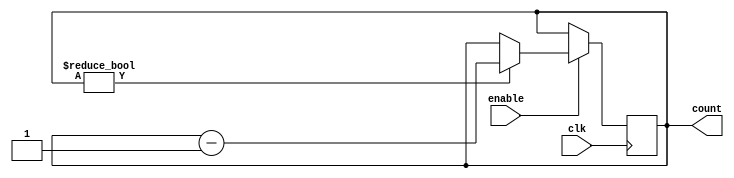
module BinaryDownCounter (
  input wire clk,
  input wire enable,
  output reg [7:0] count
);

always @ (posedge clk) begin
  if (enable) begin
    if (count != 8'b00000000) begin
      count <= count - 1;
    end
  end
end

endmodule